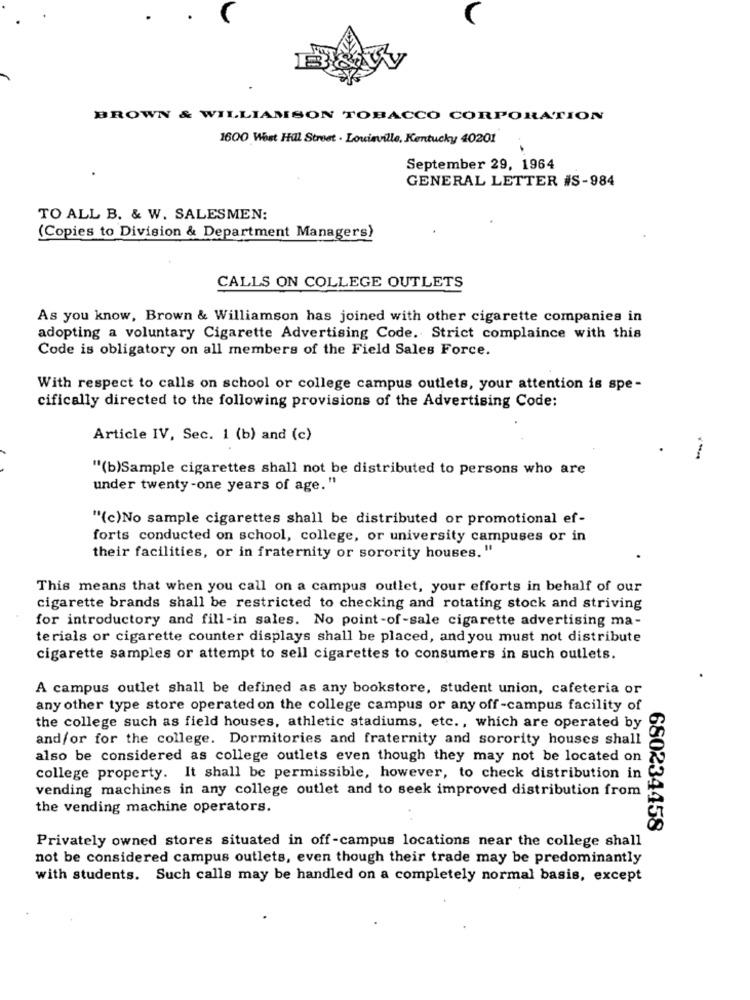
BROWN & WILLIAMSON TOBACCO CORPORATION
1600 West Hill Street . Louisville, Kentucky 40201
September 29, 1964
GENERAL LETTER #S-984
TO ALL B. & W. SALESMEN:
(Copies to Division & Department Managers)
CALLS ON COLLEGE OUTLETS
As you know, Brown & Williamson has joined with other cigarette companies in
adopting a voluntary Cigarette Advertising Code. Strict complaince with this
Code is obligatory on all members of the Field Sales Force.
With respect to calls on school or college campus outlets, your attention is spe -
cifically directed to the following provisions of the Advertising Code:
Article IV, Sec. 1 (b) and (c)
"(b)Sample cigarettes shall not be distributed to persons who are
under twenty -one years of age. "
"(c)No sample cigarettes shall be distributed or promotional ef-
forts conducted on school, college, or university campuses or in
their facilities, or in fraternity or sorority houses. "
This means that when you call on a campus outlet, your efforts in behalf of our
cigarette brands shall be restricted to checking and rotating stock and striving
for introductory and fill-in sales. No point-of-sale cigarette advertising ma-
terials or cigarette counter displays shall be placed, and you must not distribute
cigarette samples or attempt to sell cigarettes to consumers in such outlets.
A campus outlet shall be defined as any bookstore, student union, cafeteria or
any other type store operated on the college campus or any off-campus facility of
the college such as field houses, athletic stadiums, etc ., which are operated by
and/or for the college. Dormitories and fraternity and sorority houses shall
also be considered as college outlets even though they may not be located on
college property. It shall be permissible, however, to check distribution in
vending machines in any college outlet and to seek improved distribution from
the vending machine operators.
680234458
Privately owned stores situated in off -campus locations near the college shall
not be considered campus outlets, even though their trade may be predominantly
with students. Such calls may be handled on a completely normal basis, except